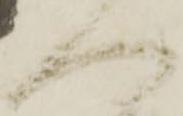
へ